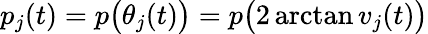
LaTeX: p_{j}(t)=p\big(\theta_{j}(t)\big)=p\big(2\arctan v_{j}(t)\big)